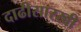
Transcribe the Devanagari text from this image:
दाढीसारखी